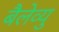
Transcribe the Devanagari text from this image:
बैलेव्यु